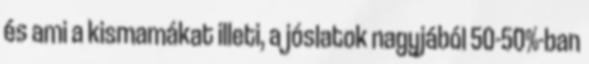
és ami a kismamákat illeti, a jóslatok nagyjából 50-50%-ban